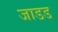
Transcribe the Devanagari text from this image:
जाडड